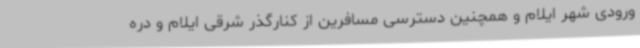
ورودی شهر ایلام و همچنین دسترسی مسافرین از کنارگذر شرقی ایلام و دره